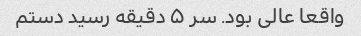
واقعا عالی بود. سر ۵ دقیقه رسید دستم